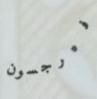
فيرجسون